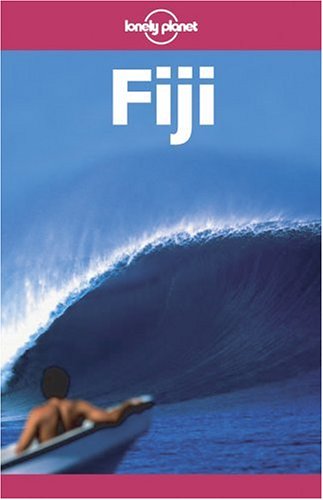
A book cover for Lonely Planet Fiji; Korina Miller; Travel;